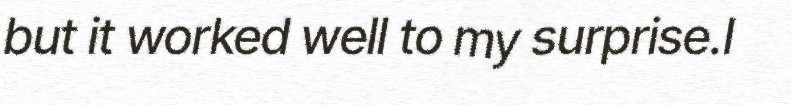
but it worked well to my surprise.I